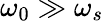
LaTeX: \omega_{0}\gg\omega_{s}